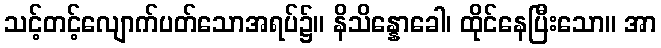
သင့်တင့်လျောက်ပတ်သောအရပ်၌။ နိသိန္နောခေါ၊ ထိုင်နေပြီးသော။ အာ